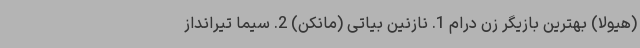
(هیولا) بهترین بازیگر زن درام 1. نازنین بیاتی (مانکن) 2. سیما تیرانداز